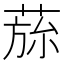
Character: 𮏾